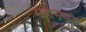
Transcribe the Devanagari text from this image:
महागनर